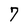
Character: 7